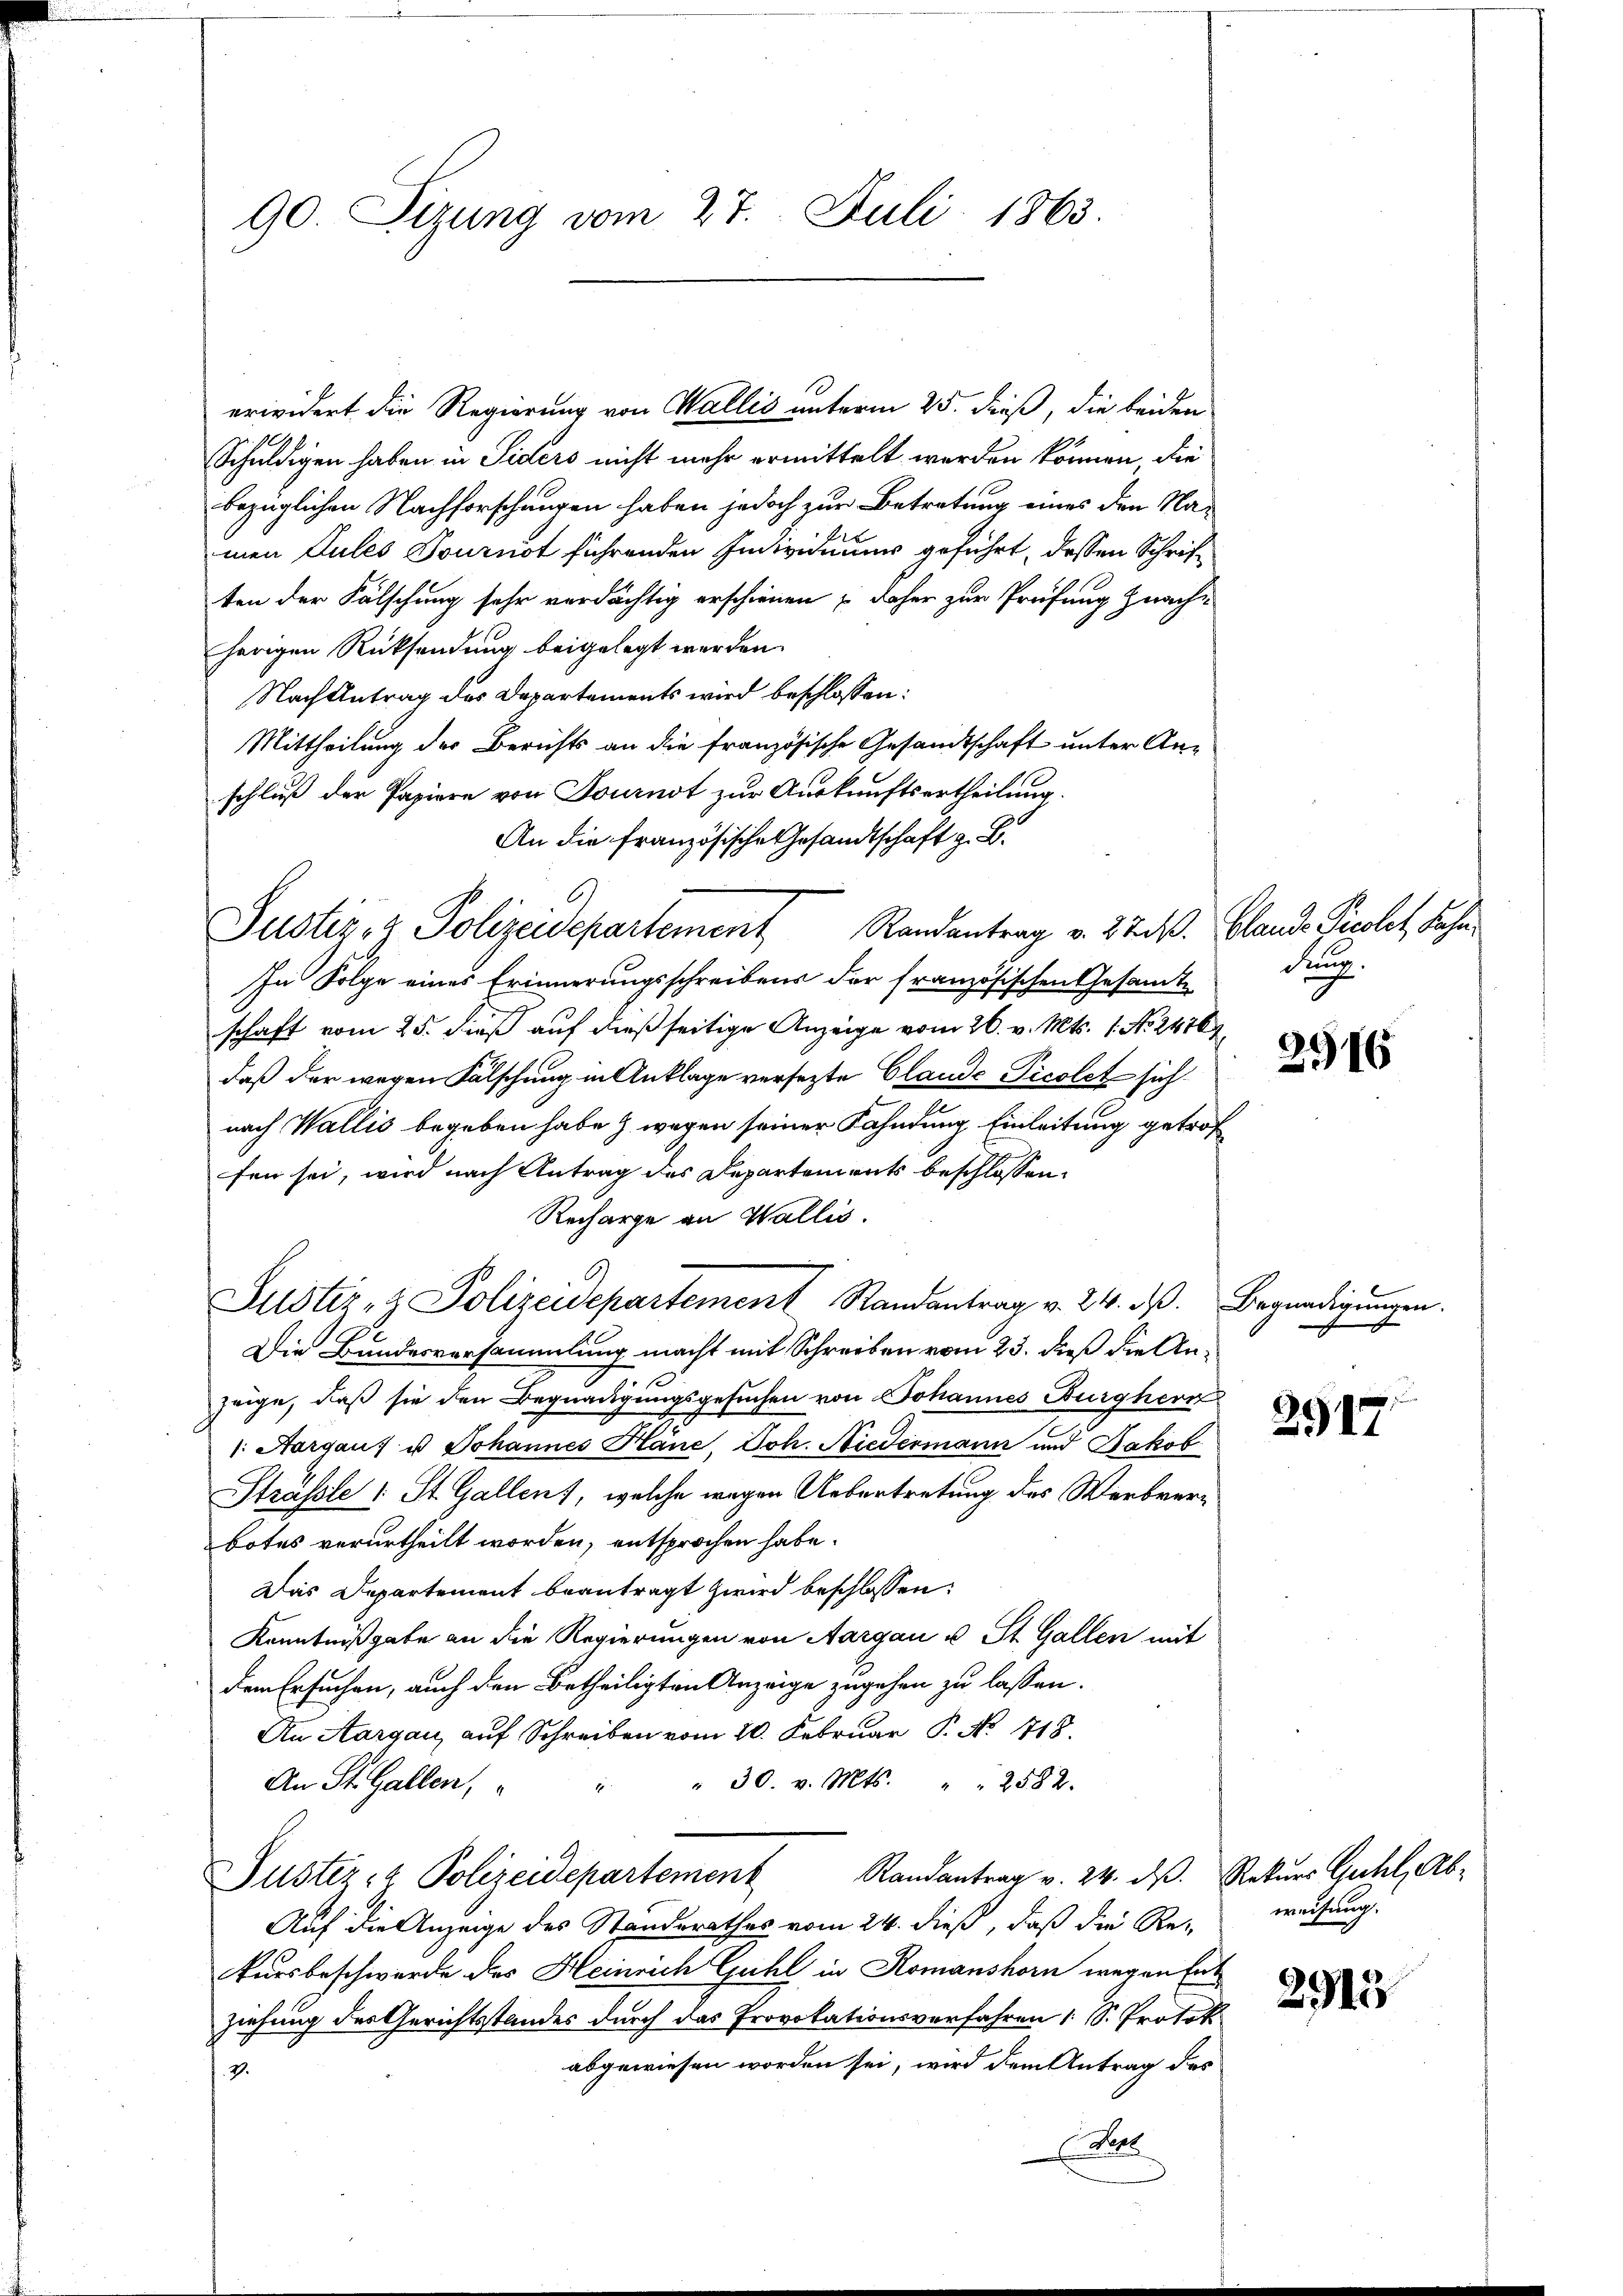
90. Sizung vom 27. Juli 1863.

Schuldigen haben in Siders nicht mehr ermittelt werden können, die
bezüglichen Nachforschungen haben jedoch zur Betretung eines den Namen Tules Tournot führenden Individuums geführt, dessen Schriften der Fälschung sehr verdächtig erschienen – daher zur Prüfung zuach-
herigen Rücksendung beigelegt werden.
Nach Antrag des Departements wird beschlossen:
Mittheilung der Berichts an die französische Gesandtschaft unter Anschluß der Papiere von Tournot zur Auskunftsertheilung.
An die französische Gesandtschaft z. B.
Justiz- & Polizeidepartement Randantrag v. 22. d. Blande Picolet, Fahn
In Folge eines Erinnerungsschreibens der französischen Gesamte
schaft vom 25. dieß auf dießseitige Anzeige vom 26. v. Mts. 1. No 24167
daß der wegen Fälschung in Anklage versetzte Claude Picolet sich
nach Wallis begeben habe & wegen seiner Fahndung Einleitung getroffen sei, wird nach Antrag des Departements beschlossen,
Recharge an Wallis.
B.
Justiz- & Polizeidepartement Randantrag v. 24. ds. Begnadigungen.
e
Die Bundesversammlung macht mit Schreiben vom 23. dieß die Anzeige, daß sie den Begnadigungsgesuchen von Johannes Burgherr
. Aargau) u Johannes Häne, Joh. Niedermann und Jakob
Strässle 1 St. Gallen, welche wegen Uebertretung des Werbverbotes verurtheilt worden, entsprochen habe.
Das Departement beantragt zwird beschlossen:
Kenntnißgabe an die Regierungen von Aargau u. St. Gallen mit
dem Ersuchen, auch den Betheiligten Anzeige zugehen zu lassen.
An Aargau, auf Schreiben vom 20. Februar P. No. 718.
" 30. v. Mts. " " 2582.
An St. Gallen,
Justiz- & Polizeidepartement Randantrag v. 24. dβ. Rekurs Guhl, Ab¬
Auf die Anzeige des Standerathes vom 24. dieß, daß die Re- weisung:
kursbeschwerde des Heinrich Guhl in Romanshorn wegen Entziehung des Gerichtsstandes durch das Provokationsverfahren 1 S. Protok
abgewiesen worden sei, wird dem Antrag des
.7.
Dars

erwidert die Regierung von Wallis unterm 25. dieß, die beiden

dung.

2916

2917

2913